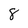
Character: 8